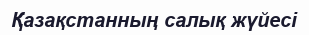
Қазақстанның салық жүйесі